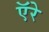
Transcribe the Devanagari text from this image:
ऍरे